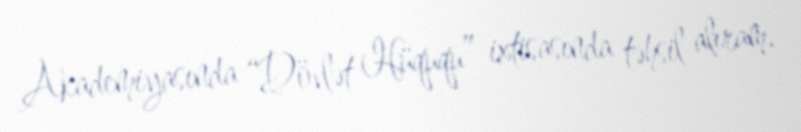
Akademiyasında “Dövlət Hüququ” ixtisasında təhsil alıram.